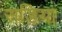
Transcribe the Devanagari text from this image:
सड़िया